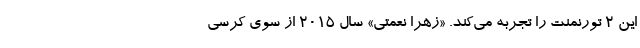
این ۲ تورنمنت را تجربه می‌کند. «زهرا نعمتی» سال ۲۰۱۵ از سوی کرسی